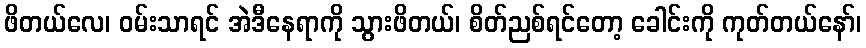
ဖိတယ်လေ၊ ဝမ်းသာရင် အဲဒီနေရာကို သွားဖိတယ်၊ စိတ်ညစ်ရင်တော့ ခေါင်းကို ကုတ်တယ်နော်၊